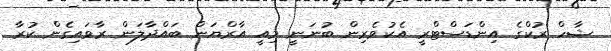
ޝާހް ރުކްގެ އިންޑަސްޓްރީ އެކުވެރިން ބުނަނީ މިއީ އާރްޔަން ބައްދާލަން ރާވައިގެން ކުރާ